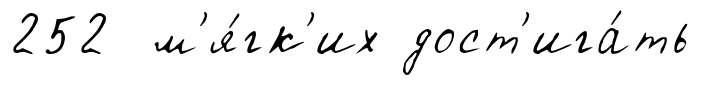
252 м'я́гк'их дост'ига́ть